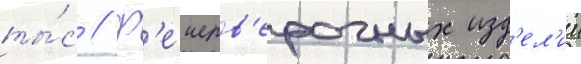
ты́с // Ф'еиерв'ерочных изд'ел'ии